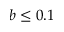
b \leq 0 . 1